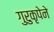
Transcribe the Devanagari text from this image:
गुरुकृपेने